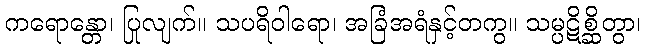
ကရောန္တော၊ ပြုလျက်။ သပရိဝါရော၊ အခြံအရံနှင့်တကွ။ သမ္ပဋိစ္ဆိတွာ၊